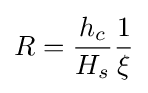
R={\frac {h_{c}}{H_{s}}}{\frac {1}{\xi }}